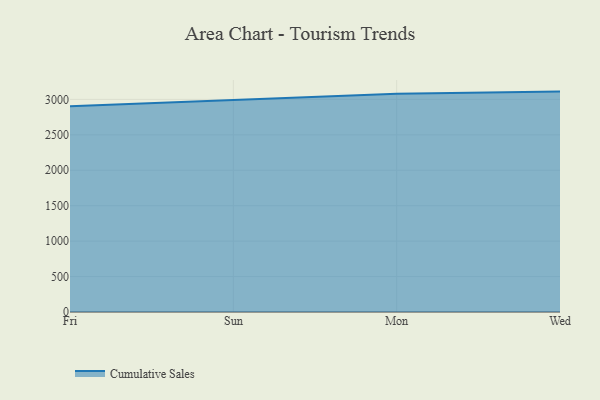
{"axis": {"x": "Day", "y": "Demand Index"}, "legend": ["Cumulative Sales"], "data": [{"x": "Fri", "y": 2901.4, "type": "Cumulative Sales"}, {"x": "Sun", "y": 2989.8, "type": "Cumulative Sales"}, {"x": "Mon", "y": 3081.0, "type": "Cumulative Sales"}, {"x": "Wed", "y": 3109.8, "type": "Cumulative Sales"}]}